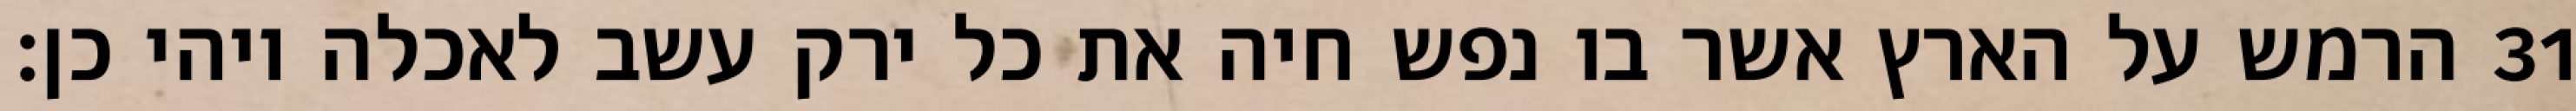
הרמש על הארץ אשר בו נפש חיה את כל ירק עשב לאכלה ויהי כן׃ ‎31‏